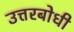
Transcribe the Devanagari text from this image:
उत्तरबोधी